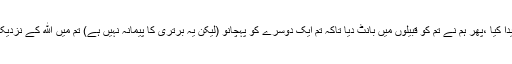
ہم نے تم کو ایک مرد اور عورت سے پیدا کیا ،پھر ہم نے تم کو قبیلوں میں بانٹ دیا تاکہ تم ایک دوسرے کو پہچانو (لیکن یہ برتری کا پیمانہ نہیں ہے) تم میں الله کے نزدیک وہ محترم ہے جو تقوے میں زیادہ ہے۔